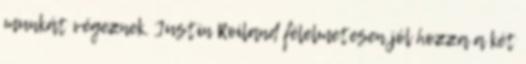
munkát végeznek. Justin Roiland félelmetesen jól hozza a két